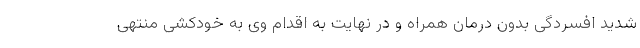
شدید افسردگی بدون درمان همراه و در نهایت به اقدام وی به خودکشی منتهی